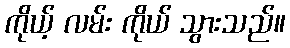
ကိုယ့် လမ်း ကိုယ် သွားသည်။